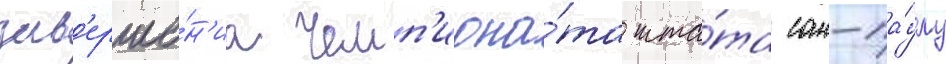
зав'ерше́н'иа чемп'иона́та шта́та сан-па́улу